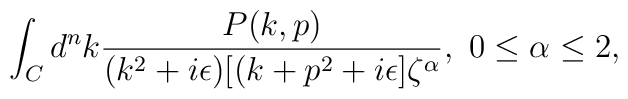
\int_Cd^nk{P(k,p)\over{(k^2+i\epsilon)[(k+p^2+i\epsilon]\zeta^\alpha}},\ 0\leq\alpha\leq2,